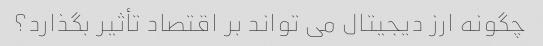
چگونه ارز دیجیتال می تواند بر اقتصاد تأثیر بگذارد؟